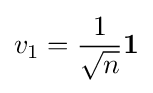
v_{1}={\frac {1}{\sqrt {n}}}\mathbf {1}